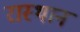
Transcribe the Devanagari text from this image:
रास्थान